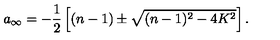
a _ { \infty } = - \frac 1 2 \left[ ( n - 1 ) \pm \sqrt { ( n - 1 ) ^ { 2 } - 4 K ^ { 2 } } \right] .